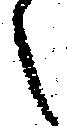
候